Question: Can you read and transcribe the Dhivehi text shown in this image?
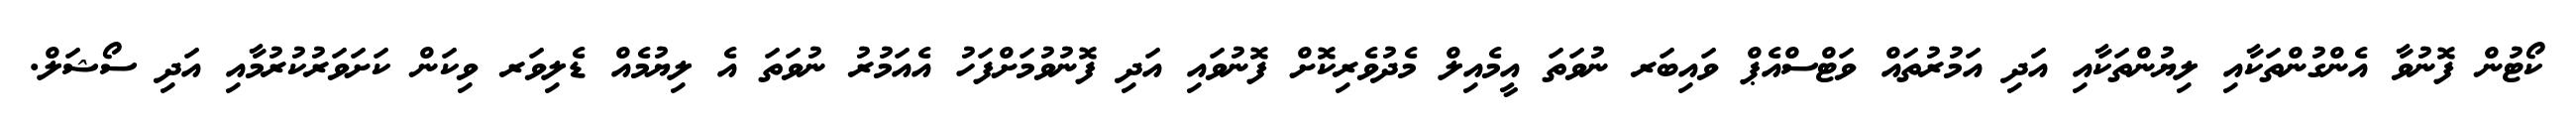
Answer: ކޯޓުން ފޮނުވާ އެންގުންތަކާއި ލިޔުންތަކާއި އަދި އަމުރުތައް ވަޓްސްއެޕް ވައިބަރ ނުވަތަ އީމެއިލް މެދުވެރިކޮށް ފޮނުވައި އަދި ފޮނުވުމަށްފަހު އެއަމުރު ނުވަތަ އެ ލިޔުމެއް ޑެލިވަރ ވިކަން ކަށަވަރުކުރުމާއި އަދި ސޯޝަލް.